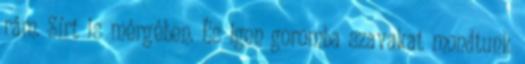
rám. Sírt is mérgében. És igen goromba szavakat mondtunk